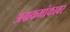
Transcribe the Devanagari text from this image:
अग्रकमांकावर